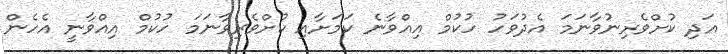
އަދި ކުށްވެރިނުވާނަމަ އެދުވަހު ހުކުމް އިއްވާނެ ކަމަށާއި ކުށްވެރިވާނަމަ ހުކުމް އިއްވާނީ އެހެން